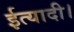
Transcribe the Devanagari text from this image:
ईत्यादी।